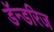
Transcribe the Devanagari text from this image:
डॅन्डरिज